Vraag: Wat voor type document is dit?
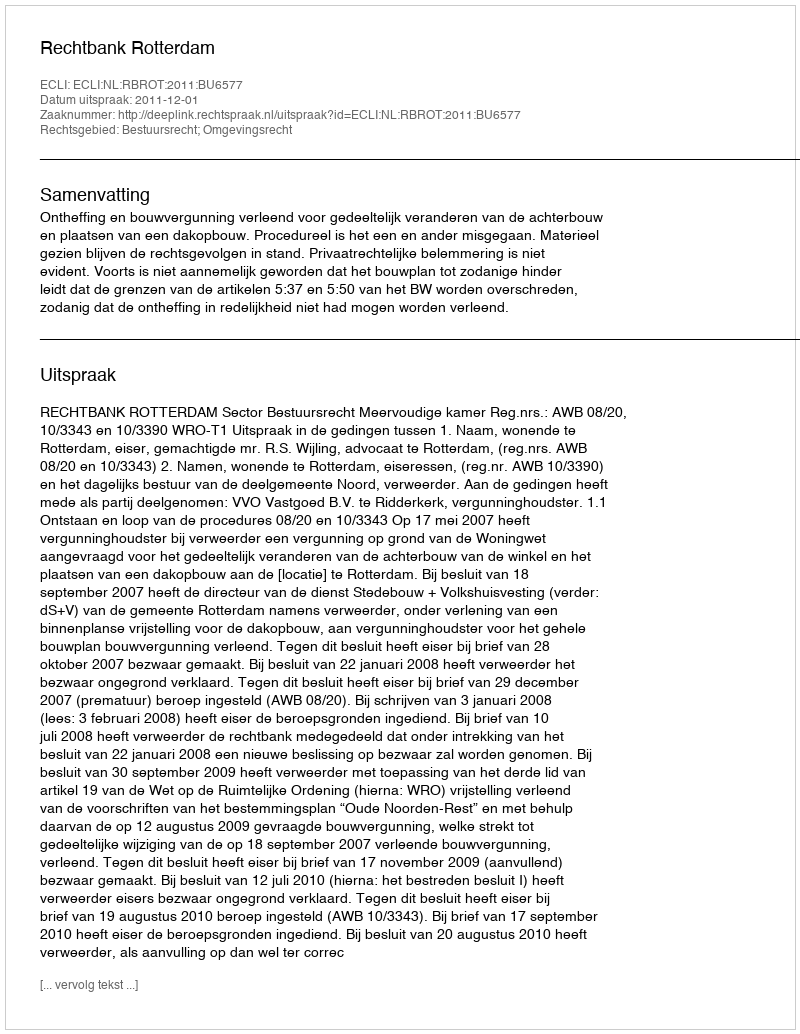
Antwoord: Uitspraak